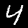
Digit: 4